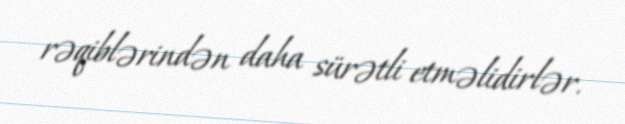
rəqiblərindən daha sürətli etməlidirlər.